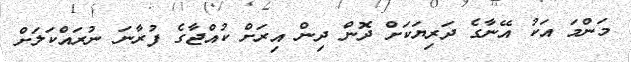
މަންމަ އަކު އޭނާގެ ދަރިޔަކަށް ދޮން ދިން އިރަށް ކުއްޖާގެ ފުރާނަ ނުރައްކަލަށް